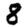
Digit: 8